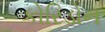
કોરિડોન